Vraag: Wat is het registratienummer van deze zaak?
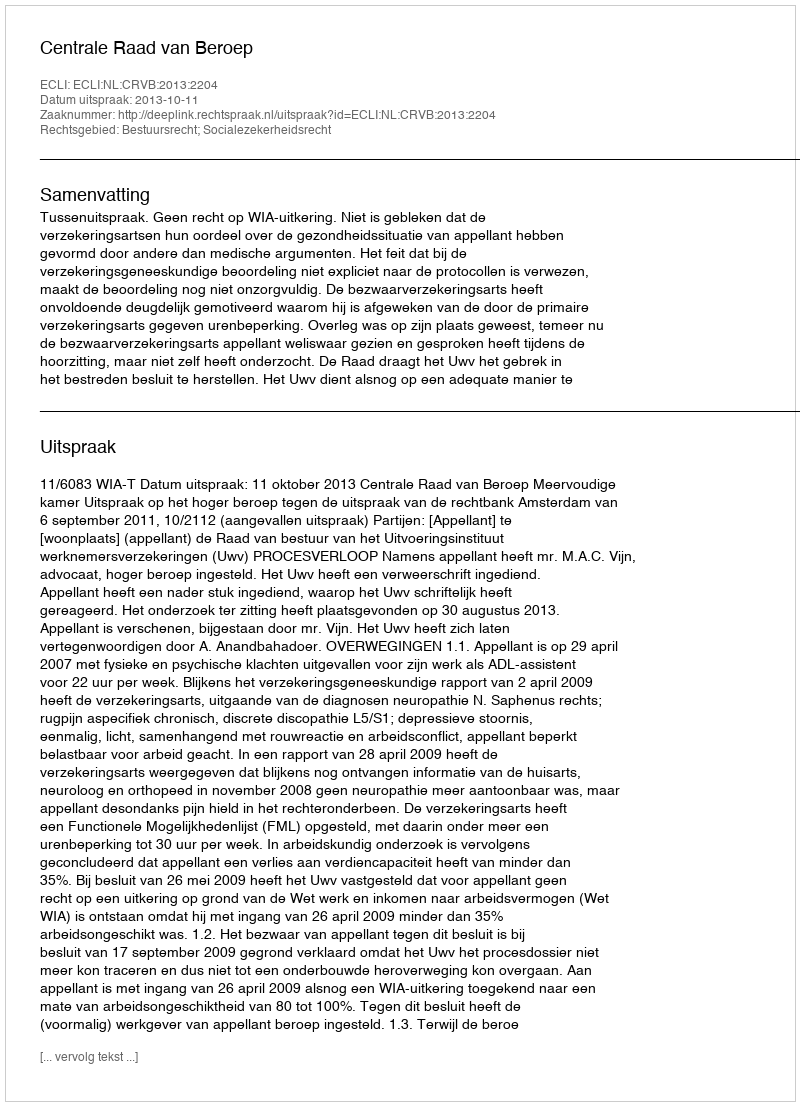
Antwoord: http://deeplink.rechtspraak.nl/uitspraak?id=ECLI:NL:CRVB:2013:2204